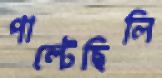
পাল্‌টেছিলি